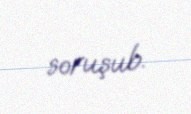
soruşub.